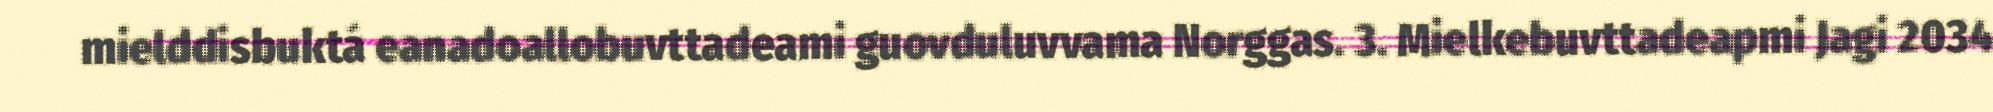
mielddisbuktá eanadoallobuvttadeami guovduluvvama Norggas. 3. Mielkebuvttadeapmi Jagi 2034